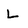
Character: l